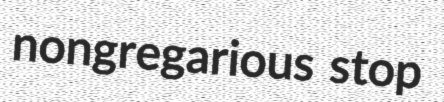
nongregarious stop